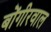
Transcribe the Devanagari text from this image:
बोंगीरवाल